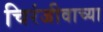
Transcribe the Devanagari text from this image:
चिरंजीवाच्या